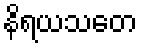
နိရယသတေ